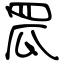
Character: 罛